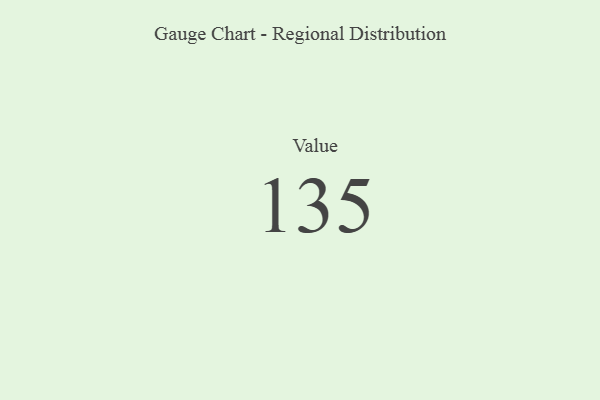
{"axis": {"x": "Metric", "y": "Value"}, "legend": [""], "data": [{"x": "Value", "y": 135, "type": ""}]}